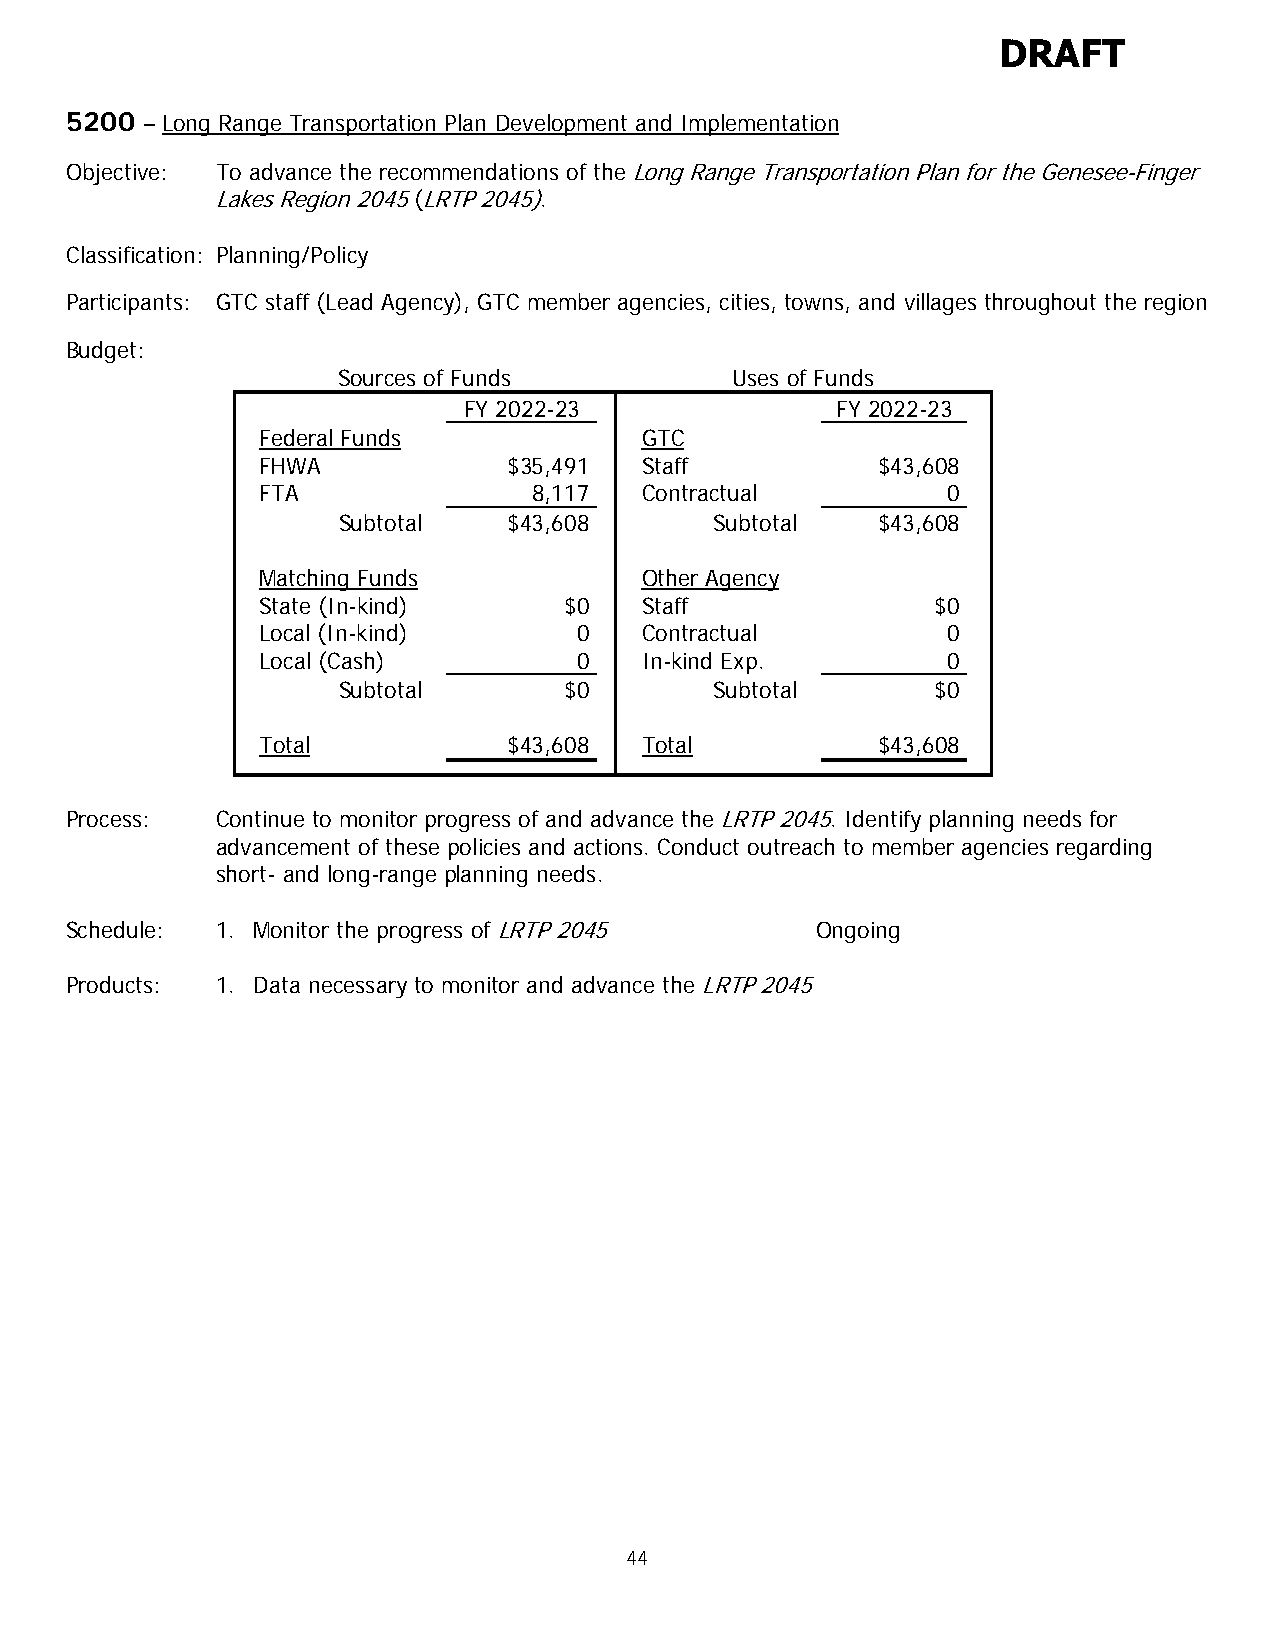
DRAFT
 5200 – Long Range Transportation Plan Development and Implementation
 Objective: To advance the recommendations of the Long Range Transportation Plan for the Genesee-Finger
 Lakes Region 2045 (LRTP 2045).
 Classification: Planning/Policy
 Participants: GTC staff (Lead Agency), GTC member agencies, cities, towns, and villages throughout the region
 Budget:
 Sources of Funds          Uses of Funds
 FY 2022-23              FY 2022-23
 Federal Funds            GTC
 FHWA             $35,491 Staff           $43,608
 FTA               8,117  Contractual          0
 Subtotal    $43,608      Subtotal   $43,608
 Matching Funds           Other Agency
 State (In-kind)     $0   Staff               $0
 Local (In-kind)      0   Contractual          0
 Local (Cash)         0   In-kind Exp.         0
 Subtotal       $0        Subtotal       $0
 Total            $43,608 Total           $43,608
 Process:  Continue to monitor progress of and advance the LRTP 2045. Identify planning needs for
 advancement of these policies and actions. Conduct outreach to member agencies regarding
 short- and long-range planning needs.
 Schedule: 1. Monitor the progress of LRTP 2045    Ongoing
 Products: 1. Data necessary to monitor and advance the LRTP 2045
 44